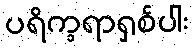
ပရိက္ခရာရှစ်ပါး